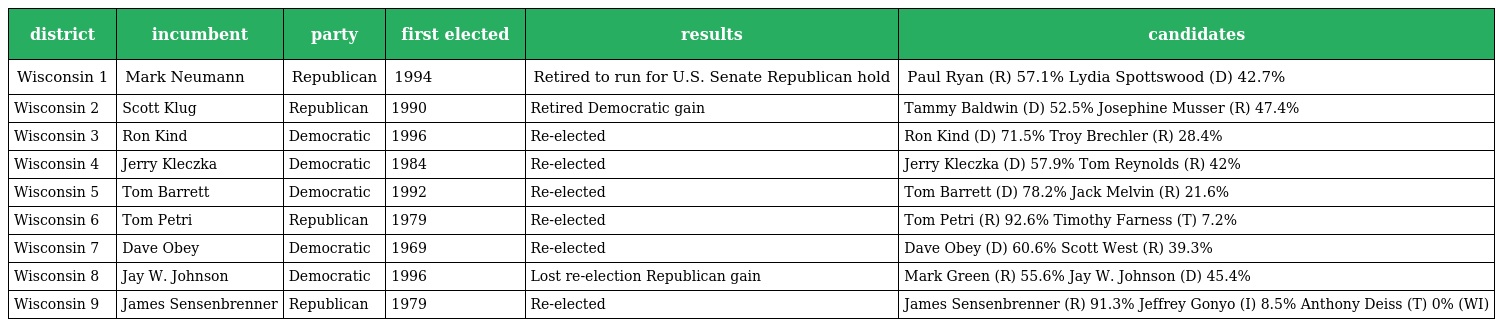
| district | incumbent | party | first elected | results | candidates |
 | --- | --- | --- | --- | --- | --- |
 | Wisconsin 1 | Mark Neumann | Republican | 1994 | Retired to run for U.S. Senate Republican hold | Paul Ryan (R) 57.1% Lydia Spottswood (D) 42.7% |
 | Wisconsin 2 | Scott Klug | Republican | 1990 | Retired Democratic gain | Tammy Baldwin (D) 52.5% Josephine Musser (R) 47.4% |
 | Wisconsin 3 | Ron Kind | Democratic | 1996 | Re-elected | Ron Kind (D) 71.5% Troy Brechler (R) 28.4% |
 | Wisconsin 4 | Jerry Kleczka | Democratic | 1984 | Re-elected | Jerry Kleczka (D) 57.9% Tom Reynolds (R) 42% |
 | Wisconsin 5 | Tom Barrett | Democratic | 1992 | Re-elected | Tom Barrett (D) 78.2% Jack Melvin (R) 21.6% |
 | Wisconsin 6 | Tom Petri | Republican | 1979 | Re-elected | Tom Petri (R) 92.6% Timothy Farness (T) 7.2% |
 | Wisconsin 7 | Dave Obey | Democratic | 1969 | Re-elected | Dave Obey (D) 60.6% Scott West (R) 39.3% |
 | Wisconsin 8 | Jay W. Johnson | Democratic | 1996 | Lost re-election Republican gain | Mark Green (R) 55.6% Jay W. Johnson (D) 45.4% |
 | Wisconsin 9 | James Sensenbrenner | Republican | 1979 | Re-elected | James Sensenbrenner (R) 91.3% Jeffrey Gonyo (I) 8.5% Anthony Deiss (T) 0% (WI) |